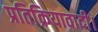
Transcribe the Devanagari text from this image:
प्रतिक्रियावादी।